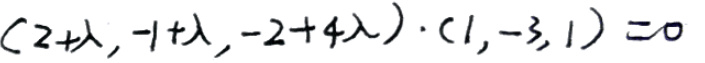
$(2+\lambda,-1+\lambda,-2+4\lambda)\cdot(1,-3,1)=0$